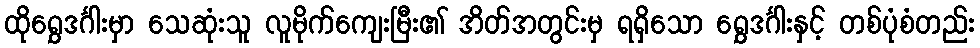
ထိုရွှေဒင်္ဂါးမှာ သေဆုံးသူ လူမိုက်ကျေးမြီး၏ အိတ်အတွင်းမှ ရရှိသော ရွှေဒင်္ဂါးနှင့် တစ်ပုံစံတည်း